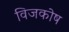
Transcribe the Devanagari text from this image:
विजकोष